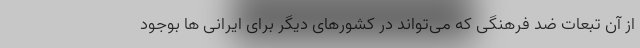
از آن تبعات ضد فرهنگی که می‌تواند در کشورهای دیگر برای ایرانی ها بوجود